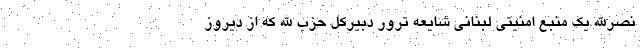
نصرالله یک منبع امنیتی لبنانی شایعه ترور دبیرکل حزب الله که از دیروز